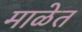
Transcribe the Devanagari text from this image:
माळेत